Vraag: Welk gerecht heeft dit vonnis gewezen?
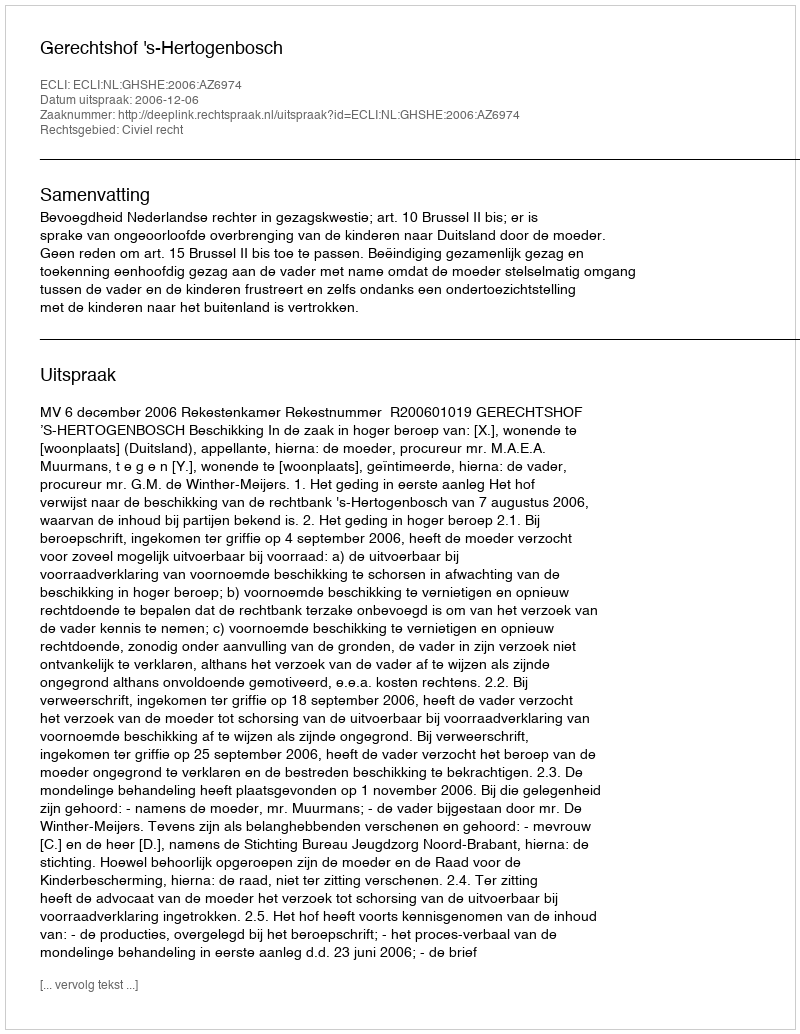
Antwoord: Gerechtshof 's-Hertogenbosch